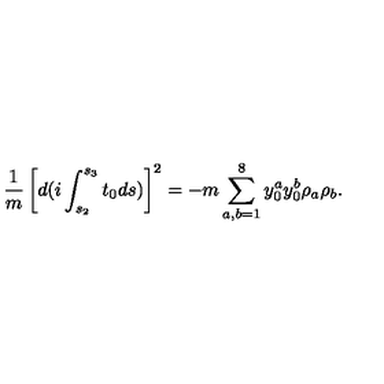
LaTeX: \frac { 1 } { m } \left[ d ( i \int _ { s _ { 2 } } ^ { s _ { 3 } } t _ { 0 } d s ) \right] ^ { 2 } = - m \sum _ { a , b = 1 } ^ { 8 } { y } _ { 0 } ^ { a } { y } _ { 0 } ^ { b } \rho _ { a } \rho _ { b } .